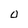
Character: O